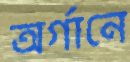
অর্গানে